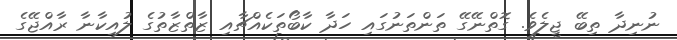
ނުނިދާ ތިބޭ ޖީލެވެ. ގޮތްނޭގޭ ތަންތަނުގައި ހަދާ ކާބޯތަކެއްޗާއި ޒާތްޒާތުގެ ލުއިކާނާ ރާއްޖޭގެ